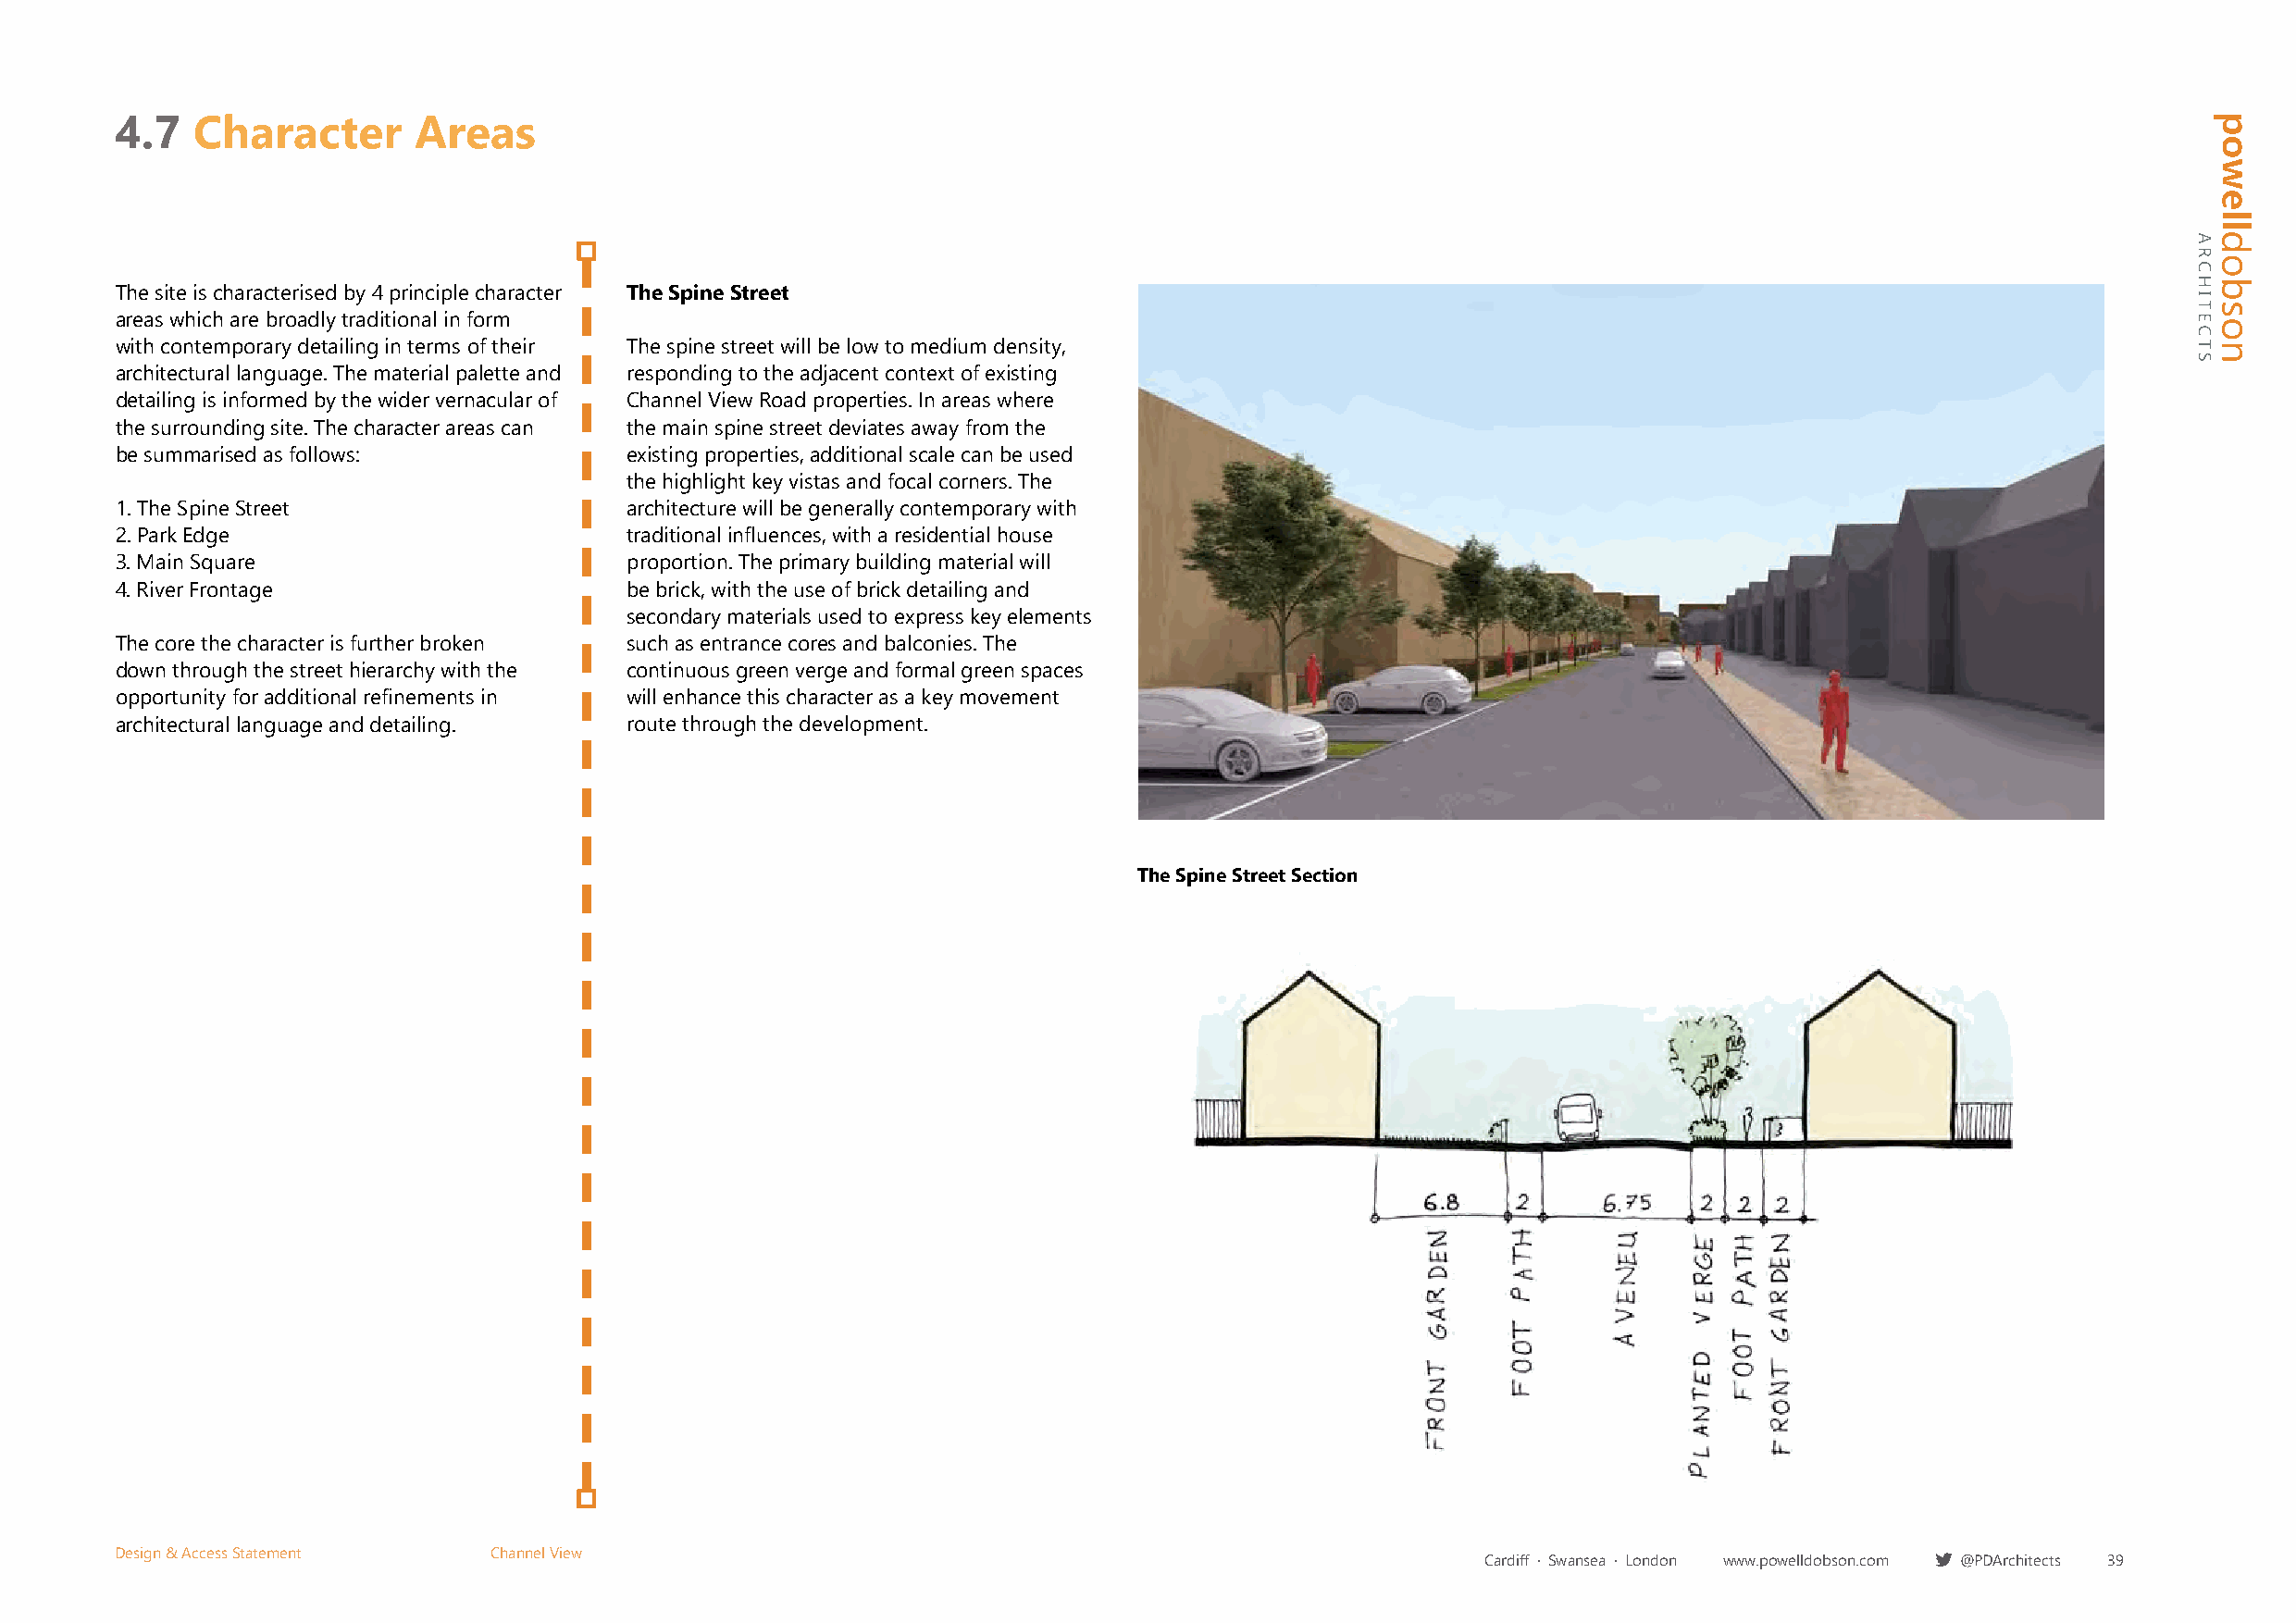
4.7   Character       Areas
 The site is characterised by 4 principle character The Spine Street
 areas which are broadly traditional in form
 with contemporary detailing in terms of their The spine street will be low to medium density,
 architectural language. The material palette and responding to the adjacent context of existing
 detailing is informed by the wider vernacular of Channel View Road properties. In areas where
 the surrounding site. The character areas can the main spine street deviates away from the
 be summarised as follows:            existing properties, additional scale can be used
 the highlight key vistas and focal corners. The
 1. The Spine Street                  architecture will be generally contemporary with
 2. Park Edge                         traditional influences, with a residential house
 3. Main Square                       proportion. The primary building material will
 4. River Frontage                    be brick, with the use of brick detailing and
 secondary materials used to express key elements
 The core the character is further broken such as entrance cores and balconies. The
 down through the street hierarchy with the continuous green verge and formal green spaces
 opportunity for additional refinements in will enhance this character as a key movement
 architectural language and detailing. route through the development.
 The Spine Street Section
 Design & Access Statement  Channel View
 Cardiff · Swansea · London www.powelldobson.com @PDArchitects 39